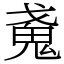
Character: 𢧩